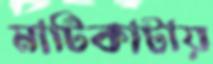
মাটিকাটায়